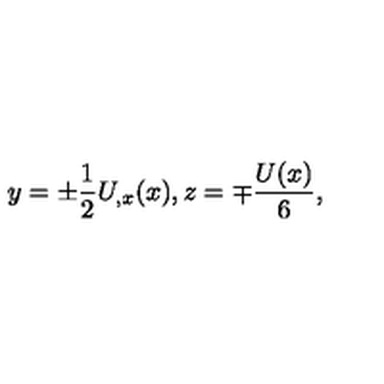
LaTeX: y = \pm \frac { 1 } { 2 } U _ { , x } ( x ) , z = \mp \frac { U ( x ) } { 6 } ,